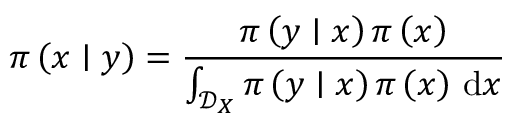
\pi \left( \boldsymbol { x } \mid \boldsymbol { y } \right) = \frac { \pi \left( \boldsymbol { y } \mid \boldsymbol { x } \right) \pi \left( \boldsymbol { x } \right) } { \int _ { \mathcal { D } _ { \boldsymbol { X } } } \pi \left( \boldsymbol { y } \mid \boldsymbol { x } \right) \pi \left( \boldsymbol { x } \right) \, \mathrm { d } \boldsymbol { x } }